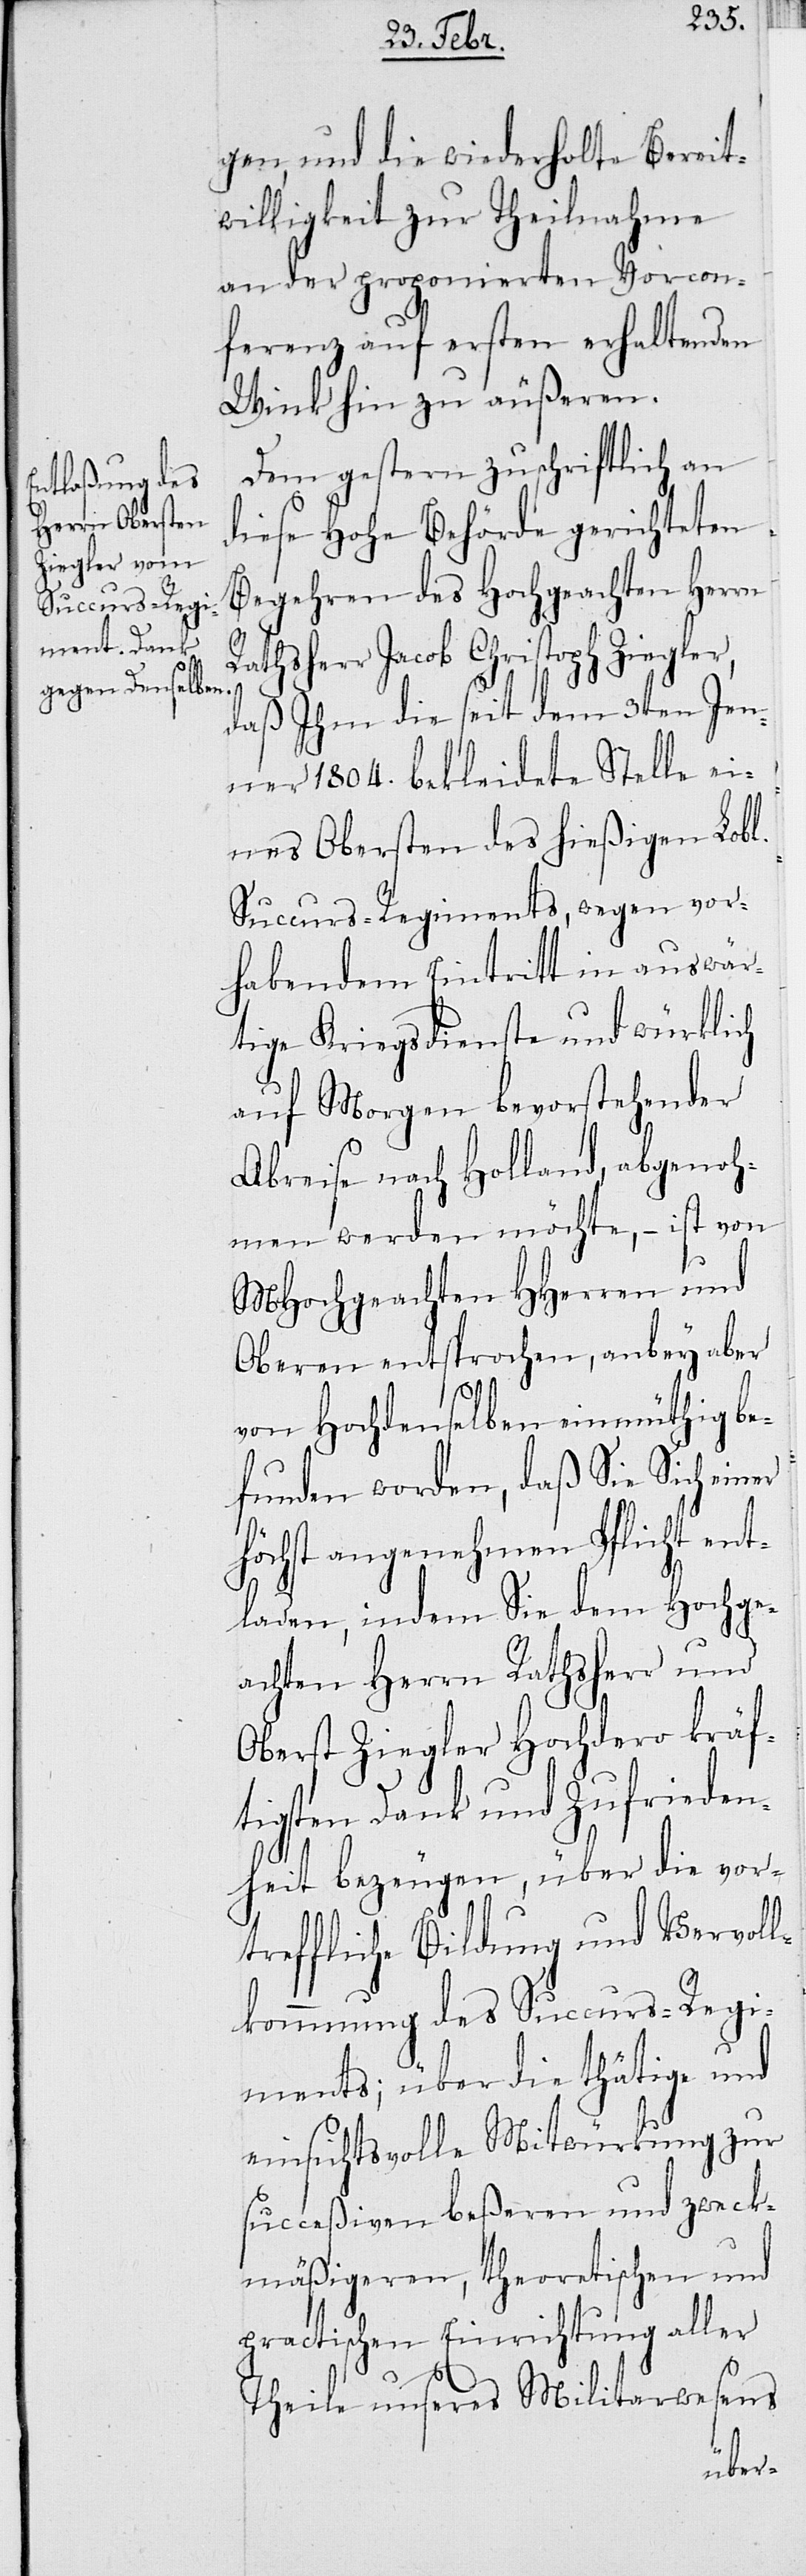
gen und die wiederholte Bereit¬
willigkeit zur Theilnahme
an der proponierten Vorcon¬
ferenz auf ersten erhaltenden
Wink hin zu äußeren.
Dem gestern zuschriftlich an
diese Hohe Behörde gerichteten
Begehren des Hochgeachten Herrn
Rathsherr Jacob Christoph Ziegler,
daß Ihm die seit 3ten Jen¬
ner 1804. bekleidete Stelle ei¬
nes Obersten des hießigen Lobl.
Succurs-Regiments, wegen vor¬
habendem Eintritt in auswär¬
tige Kriegsdienste und würklich
auf Morgen bevorstehender
Abreise nach Holland, abgenoh¬
men werden möchte, – ist von
MHochgeachten HHerren und
Oberen entsprochen, anbey aber
von Hochdenselben einmüthig be¬
funden worden, daß Sie sich ein¬
höchst angenehmen Pflicht ent¬
laden, indem Sie dem Hochg¬
eachten Herrn Rathsherr und
Oberst Ziegler Hochdero kräf¬
tigsten Dank und Zufrieden¬
heit bezeugen, über die vor¬
treffliche Bildung und Vervol¬
lkommnung des Succurs-Regi¬
ments; über die thätige und
einsichtsvolle Mitwirkung zur
succeßiven beßeren und zweck¬
mäßigeren, theoretischen und
practischen Einrichtung aller
Theile unseres Militarwesens

er